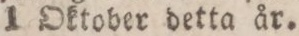
1 Oktober detta år.